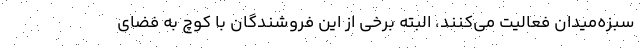
سبزه‌میدان فعالیت می‌کنند، البته برخی از این فروشندگان با کوچ به فضای